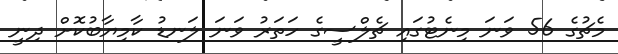
މެޗުގެ 56 ވަނަ މިނެޓުގައި ޗެލްސީގެ ހަތަރު ވަނަ ލަނޑު ކާމިޔާބުކޮށް ދިނީ